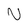
Character: N